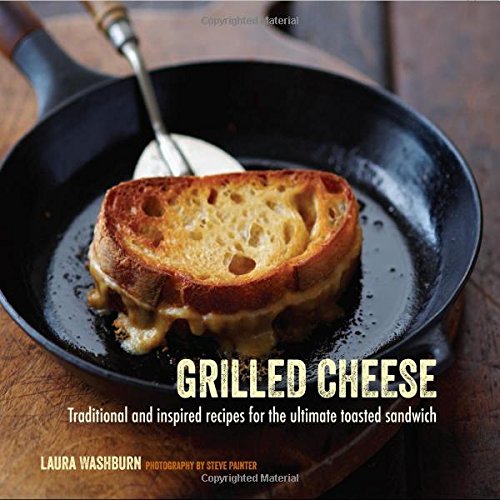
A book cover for Grilled Cheese: Traditional and Inspired Recipes for the Ultimate Comfort Food; Laura Washburn; Cookbooks, Food & Wine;